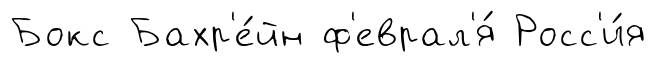
Бокс Бахр'е́йн ф'еврал'я́ Росс'и́я